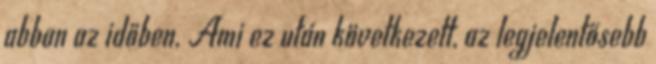
abban az időben. Ami ez után következett, az legjelentősebb